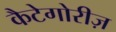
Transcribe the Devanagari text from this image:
कैटेगोरीज़